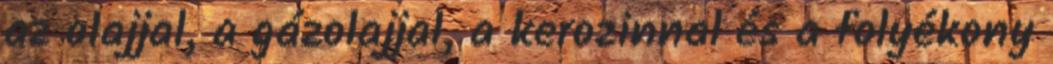
az olajjal, a gázolajjal, a kerozinnal és a folyékony